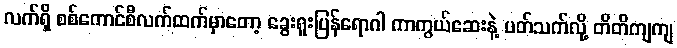
လက်ရှိ စစ်ကောင်စီလက်ထက်မှာတော့ ခွေးရူးပြန်ရောဂါ ကာကွယ်ဆေးနဲ့ ပတ်သက်လို့ တိတိကျကျ